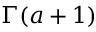
\Gamma ( a + 1 )